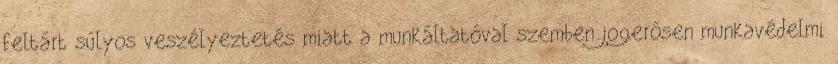
feltárt súlyos veszélyeztetés miatt a munkáltatóval szemben jogerősen munkavédelmi